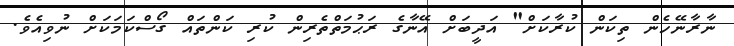
ނާރާނޭހެން ތިކަން ކުރާކަށް" އަދީބަށް އޭނާގެ ރަޙުމަތްތެރިން ކުރި ކަންތައް ގޯސްކަމަކަށް ނުވިއެވެ.